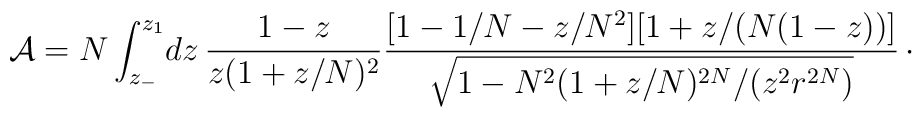
{\cal A} = N \int_{z_{-}}^{z_{1}}\! dz\,  {1-z\over z(1+z/N)^{2}}{\bigl[1-1/N -z/N^{2}\bigr]\bigl[1+z/(N(1-z))\bigr]\over\displaystyle\sqrt{1-N^{2}(1+z/N)^{2N}/(z^{2}r^{2N})}}\, \cdotp